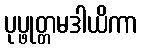
ပုပ္ဖုတ္တမဒါယိကာ